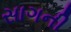
સાગની